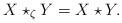
LaTeX: \begin{align*}X\star_\zeta Y = X\star Y.\end{align*}